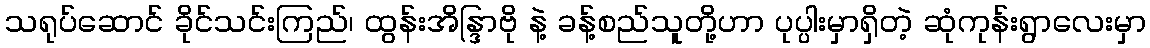
သရုပ်ဆောင် ခိုင်သင်းကြည်၊ ထွန်းအိန္ဒြာဗို နဲ့ ခန့်စည်သူတို့ဟာ ပုပ္ပါးမှာရှိတဲ့ ဆုံကုန်းရွာလေးမှာ